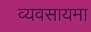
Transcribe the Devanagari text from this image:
व्यवसायमा